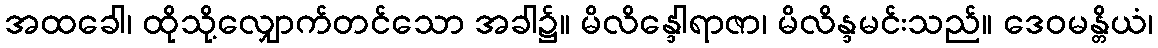
အထခေါ၊ ထိုသို့လျှောက်တင်သော အခါ၌။ မိလိန္ဒေါရာဇာ၊ မိလိန္ဒမင်းသည်။ ဒေဝမန္တိယံ၊